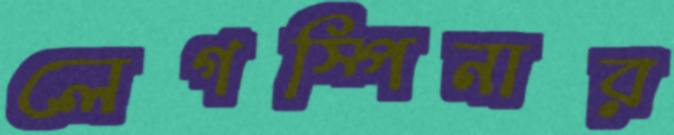
লেগস্পিনার